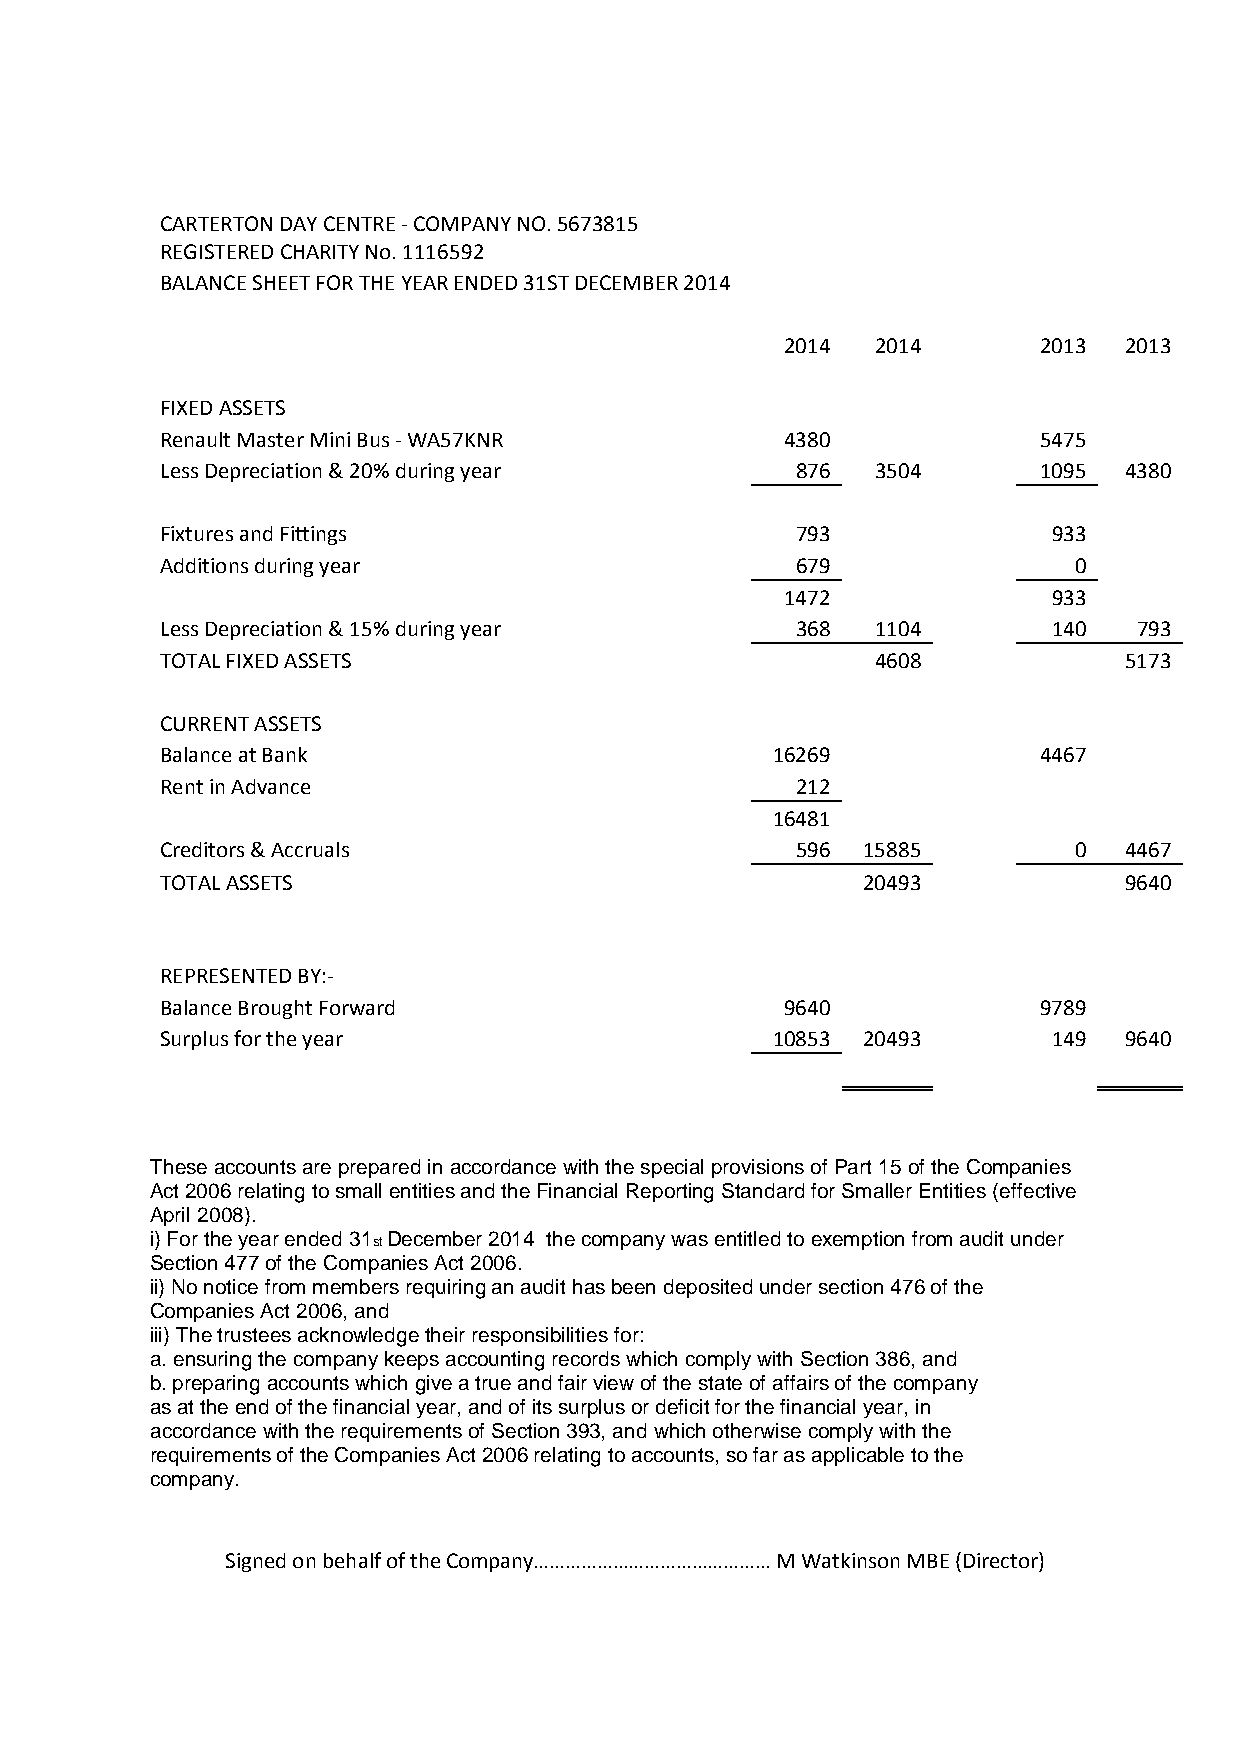
CARTERTON DAY CENTRE - COMPANY NO. 5673815
 REGISTERED CHARITY No. 1116592
 BALANCE SHEET FOR THE YEAR ENDED 31ST DECEMBER 2014
 2014  2014       2013 2013
 FIXED ASSETS
 Renault Master Mini Bus - WA57KNR        4380             5475
 Less Depreciation & 20% during year       876  3504       1095 4380
 Fixtures and Fittings                     793              933
 Additions during year                     679               0
 1472              933
 Less Depreciation & 15% during year       368  1104        140  793
 TOTAL FIXED ASSETS                             4608            5173
 CURRENT ASSETS
 Balance at Bank                         16269             4467
 Rent in Advance                           212
 16481
 Creditors & Accruals                      596 15885         0  4467
 TOTAL ASSETS                                  20493            9640
 REPRESENTED BY:-
 Balance Brought Forward                  9640             9789
 Surplus for the year                    10853 20493        149 9640
 T hese accounts are prepared in accordance with the spe cial provis ions of Pa rt 15 of th e Compa nies
 Act 2006 relating to small entities and the Financial Reporting Standard for Smaller Entities (effective
 April 2008).
 i) For the year ended 31st December 2014 the company was entitled to exemption from audit under
 Section 477 of the Companies Act 2006.
 ii) No notice from members requiring an audit has been deposited under section 476 of the
 Companies Act 2006, and
 iii) The trustees acknowledge their responsibilities for:
 a. ensuring the company keeps accounting records which comply with Section 386, and
 b. preparing accounts which give a true and fair view of the state of affairs of the company
 as at the end of the financial year, and of its surplus or deficit for the financial year, in
 accordance with the requirements of Section 393, and which otherwise comply with the
 requirements of the Companies Act 2006 relating to accounts, so far as applicable to the
 company.
 Signed on behalf of the Company……………………………………… M Watkinson MBE (Director)